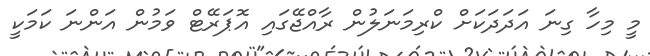
މީ މިހާ ގިނަ އަދަދަކަށް ކްރިމަނަލުން ރާއްޖޭގައި އޮޕަރޭޓް ވަމުން އަންނަ ކަމަކީ